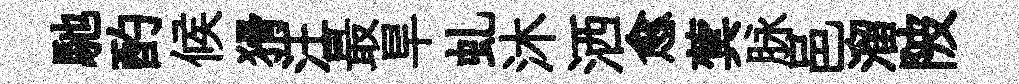
馳酌候猾汪最旱虬沐洒愈蓂脉邑溜陂